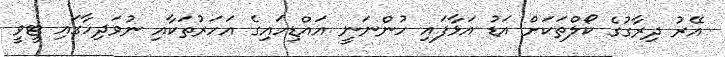
އޭރު ދިރާގުގެ ކޯލްތަކަށް އަޑު އަޅާފައި ހުންނަނީ އައްޑިހައިގެ އަހަރުތަކާއި ނުވަދިހާގައި ޓީވީ